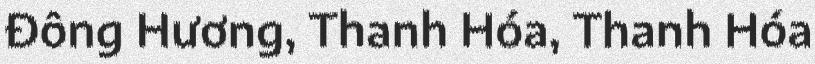
Đông Hương, Thanh Hóa, Thanh Hóa